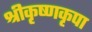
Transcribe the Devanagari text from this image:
श्रीकृष्णकृपा